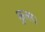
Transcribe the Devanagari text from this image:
कुत्स।